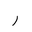
Letter: _ra